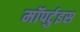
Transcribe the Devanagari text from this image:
मॉपर्टुइस